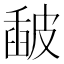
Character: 𥀈